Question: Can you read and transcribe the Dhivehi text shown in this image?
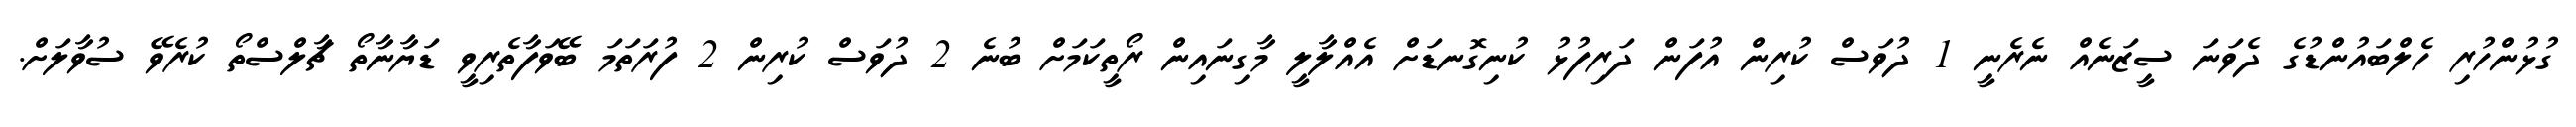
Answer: ގުޅުންހުރި ހެލްބައުންޑުގެ ދެވަނަ ސީޒަނެއް ނެރެނީ 1 ދުވަސް ކުރިން އުފަން ދަރިފުޅު ކުނިގޮނޑަށް އެއްލާލީ މާގިނައިން ރޯތީކަމަށް ބުނެ 2 ދުވަސް ކުރިން 2 ފުރަތަމަ ބޭވަފާތެރިވީ ޑަޔާނާތޯ ޗާލްސްތޯ ކުރެވޭ ސުވާލަށް.